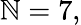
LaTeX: \mathbb{N}=7,